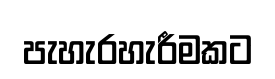
පැහැරහැරීමකට